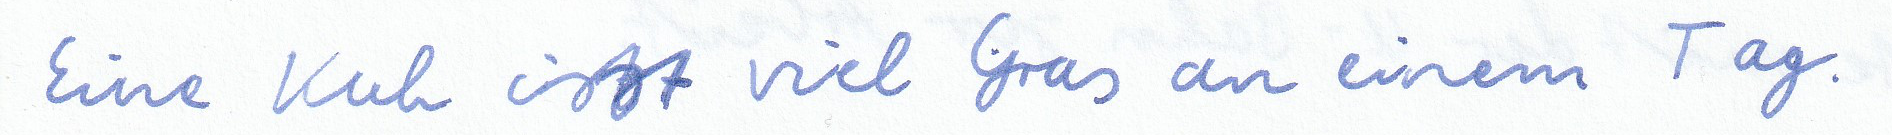
Eine Kuh isst viel Gras an einem Tag.